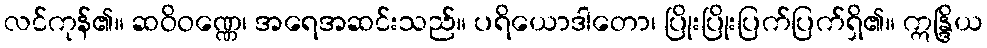
လင်ကုန်၏။ ဆဝိဝဏ္ဏေ၊ အရေအဆင်းသည်။ ပရိယောဒါတော၊ ပြိုးပြိုးပြက်ပြက်ရှိ၏။ ဣန္ဒြိယ